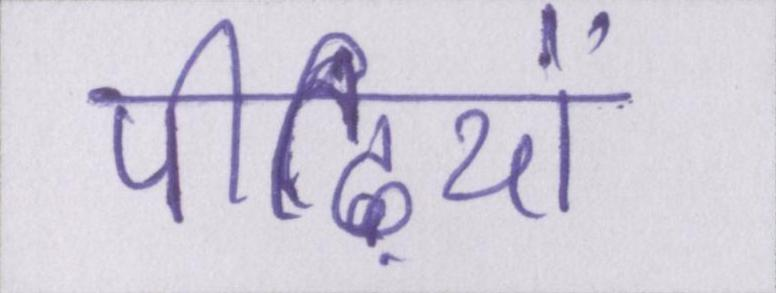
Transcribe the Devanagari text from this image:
पीढ़ियों